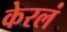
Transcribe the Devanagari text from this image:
केरलं